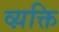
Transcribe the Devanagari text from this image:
व्य़क्ति